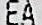
EA